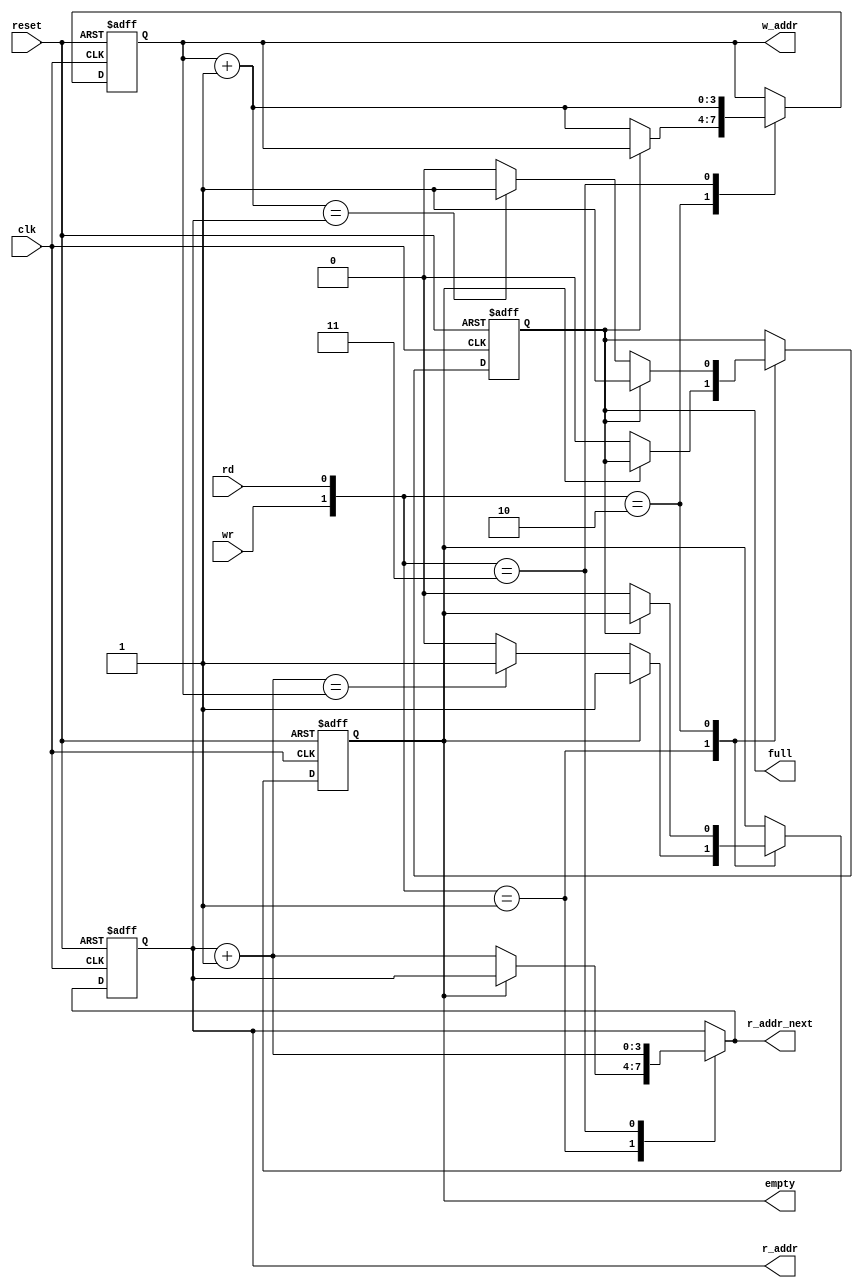
module fifo_ctrl
	#(
		parameter ADDR_WIDTH = 4	// number of address bits
	)
	(
		input wire clk, reset,
		input wire rd, wr,
		output wire empty, full,
		output wire [ADDR_WIDTH-1:0] w_addr,
		output wire [ADDR_WIDTH-1:0] r_addr, r_addr_next
	);

	// signal declaration
	reg [ADDR_WIDTH-1:0] w_ptr_reg, w_ptr_next, w_ptr_succ;
	reg [ADDR_WIDTH-1:0] r_ptr_reg, r_ptr_next, r_ptr_succ;
	reg full_reg, empty_reg, full_next, empty_next;

	// body
	// fifo control logic
	// registers for status and read and write pointers
	always @(posedge clk, posedge reset)
		if (reset)
			begin
				w_ptr_reg <= 0;
				r_ptr_reg <= 0;
				full_reg <= 1'b0;
				empty_reg <= 1'b1;
			end
		else
			begin
				w_ptr_reg <= w_ptr_next;
				r_ptr_reg <= r_ptr_next;
				full_reg <= full_next;
				empty_reg <= empty_next;
			end

	// next-state logic for read and write pointers
	always @*
	begin
		// successive pointer values
		w_ptr_succ = w_ptr_reg + 1;
		r_ptr_succ = r_ptr_reg + 1;
		// default: keep old values
		w_ptr_next = w_ptr_reg;
		r_ptr_next = r_ptr_reg;
		full_next = full_reg;
		empty_next = empty_reg;
		case ({wr, rd})
			// 2'b00: no op
			2'b01:	// read
				if (~empty_reg)	// not empty
					begin
						r_ptr_next = r_ptr_succ;
						full_next = 1'b0;
						if (r_ptr_succ == w_ptr_reg)
							empty_next = 1'b1;
					end
			2'b10: // write
				if (~full_reg)	// not full
					begin
						w_ptr_next = w_ptr_succ;
						empty_next = 1'b0;
						if (w_ptr_succ == r_ptr_reg)
							full_next = 1'b1;
					end
			2'b11:	// write and read
				begin
					w_ptr_next = w_ptr_succ;
					r_ptr_next = r_ptr_succ;
				end
		endcase
	end
	
	// output
	assign w_addr = w_ptr_reg;
	assign r_addr = r_ptr_reg;
	assign r_addr_next = r_ptr_next;
	assign full = full_reg;
	assign empty = empty_reg;
endmodule